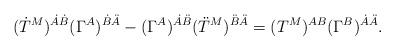
LaTeX: \begin{align*}(\dot T^M)^{\dot A\dot B} (\Gamma^A)^{\dot B\ddot A} -(\Gamma^A)^{\dot A\ddot B} (\ddot T^M)^{\ddot B\ddot A} = (T^M)^{AB}(\Gamma^B)^{\dot A\ddot A}. \end{align*}